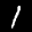
Label: 1